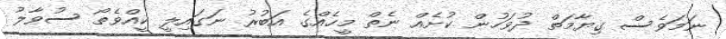
ނަމަވެސް ގިޔާމަތް ދުވަހުން ކުށެއް ނެތް މީހެއްގެ އަބުރު ނަގައިލީ ކީއްވެތޯ ސުވާލު